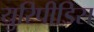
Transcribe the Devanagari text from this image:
युरिपीडिस